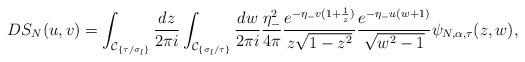
LaTeX: \begin{align*} DS_{N}(u, v) &= \int_{\mathcal{C}_{\{\tau/\sigma_{l}\}}}\frac{dz}{2\pi i} \int_{\mathcal{C}_{\{\sigma_{l}/\tau\}}} \frac{dw}{2\pi i} \frac{\eta_{-}^2}{4\pi} \frac{e^{-\eta_{-} v(1+\frac{1}{z})}}{z\sqrt{1 - z^{2}}} \frac{e^{-\eta_{-} u(w+1)}}{\sqrt{w^{2}-1}}\psi_{N, \alpha, \tau}(z, w), \end{align*}